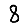
Digit: 8